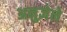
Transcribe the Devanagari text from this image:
अनुज्ञेने